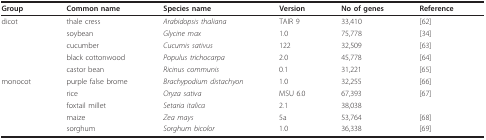
<table><thead><tr><td><b>Group</b></td><td><b>Common name</b></td><td><b>Species name</b></td><td><b>Version</b></td><td><b>No of genes</b></td><td><b>Reference</b></td></tr></thead><tbody><tr><td>dicot</td><td>thale cress</td><td><i>Arabidopsis thaliana</i></td><td>TAIR 9</td><td>33,410</td><td>[62]</td></tr><tr><td></td><td>soybean</td><td><i>Glycine max</i></td><td>1.0</td><td>75,778</td><td>[34]</td></tr><tr><td></td><td>cucumber</td><td><i>Cucumis sativus</i></td><td>122</td><td>32,509</td><td>[63]</td></tr><tr><td></td><td>black cottonwood</td><td><i>Populus trichocarpa</i></td><td>2.0</td><td>45,778</td><td>[64]</td></tr><tr><td></td><td>castor bean</td><td><i>Ricinus communis</i></td><td>0.1</td><td>31,221</td><td>[65]</td></tr><tr><td>monocot</td><td>purple false brome</td><td><i>Brachypodium distachyon</i></td><td>1.0</td><td>32,255</td><td>[66]</td></tr><tr><td></td><td>rice</td><td><i>Oryza sativa</i></td><td>MSU 6.0</td><td>67,393</td><td>[67]</td></tr><tr><td></td><td>foxtail millet</td><td><i>Setaria italica</i></td><td>2.1</td><td>38,038</td><td></td></tr><tr><td></td><td>maize</td><td><i>Zea mays</i></td><td>5a</td><td>53,764</td><td>[68]</td></tr><tr><td></td><td>sorghum</td><td><i>Sorghum bicolor</i></td><td>1.0</td><td>36,338</td><td>[69]</td></tr></tbody></table>